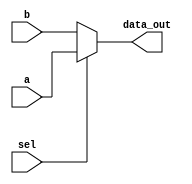
`timescale 1ns / 1ps
//////////////////////////////////////////////////////////////////////////////////
// Company: 
// Engineer: 
// 
// Design Name: 
// Module Name: mux_2x1
// Project Name: 
// Target Devices: 
// Tool Versions: 
// Description: 
// 
// Dependencies: 
// 
// Revision:
// Revision 0.01 - File Created
// Additional Comments:
// 
//////////////////////////////////////////////////////////////////////////////////

module mux2x1
(
    input [63:0] a,b,
    input sel ,
    output [63:0] data_out
);

assign data_out = sel ? a : b; //select b or a based on the sel bit

endmodule